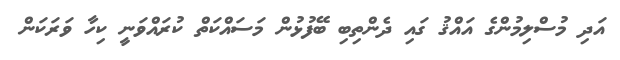
އަދި މުސްލިމުންގެ އައްޤު ގައި ދެންތިބި ބޭފުޅުން މަސައްކަތް ކުރައްވަނީ ކިހާ ވަރަކަން